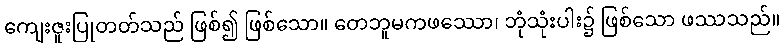
ကျေးဇူးပြုတတ်သည် ဖြစ်၍ ဖြစ်သော။ တေဘူမကဖဿော၊ ဘုံသုံးပါး၌ ဖြစ်သော ဖဿသည်။